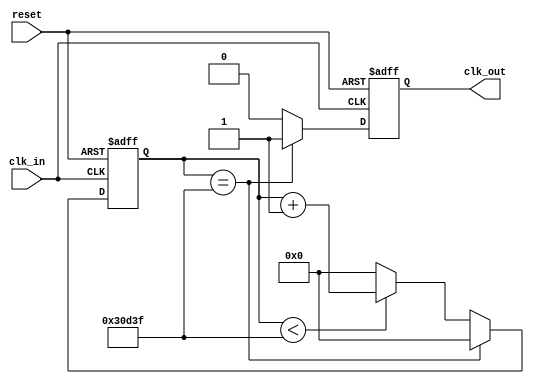
module clock_divider_500hz(
    output clk_out,
    input clk_in,
    input reset
    );//100MHz to 500Hz clock signal
    reg [17:0]Q;
    reg clk_out;
    always @(posedge clk_in or posedge reset)
    begin
        if (reset==1'b1)
            begin
                Q<=18'b0;
                clk_out<=1'b0;
            end
        else if (Q==18'b110000110100111111)//count up to 199999 (from 0)
            begin
                clk_out<=1'b1;
                Q<=18'b0;
            end
        else if (Q<18'b110000110100111111)
            begin
                Q<=Q+1;
                clk_out<=1'b0;
            end
        else //default
            begin
                Q<=18'b0;
                clk_out<=1'b0;
            end
    end
endmodule